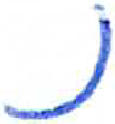
אות: נ